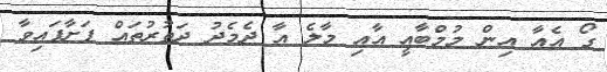
ގޯ އެއާ އިން މުމްބާއީ އާއި މާލެ އާ ދެމެދު ދަތުރުތައް ފަށާފައިވާ